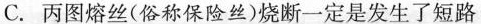
C.丙图熔丝(俗称保险丝)烧断一定是发生了短路